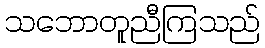
သဘောတူညီကြသည်